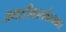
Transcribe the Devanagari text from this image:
अमरटीकासर्वस्वकार